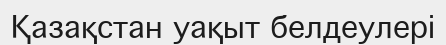
Қазақстан уақыт белдеулері